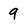
Character: 9